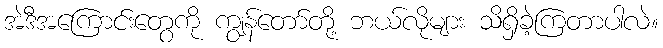
အဲဒီအကြောင်းတွေကို ကျွန်တော်တို့ ဘယ်လိုများ သိရှိခဲ့ကြတာပါလဲ။